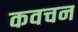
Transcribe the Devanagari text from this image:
कवचन